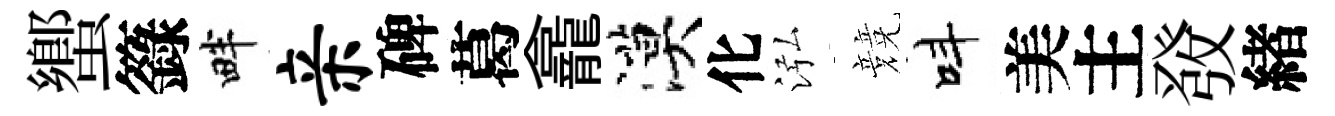
蠁籙畔亲碑葛龕漠化泓競呌美主𤼲緖